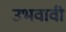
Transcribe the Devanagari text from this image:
उभवावी